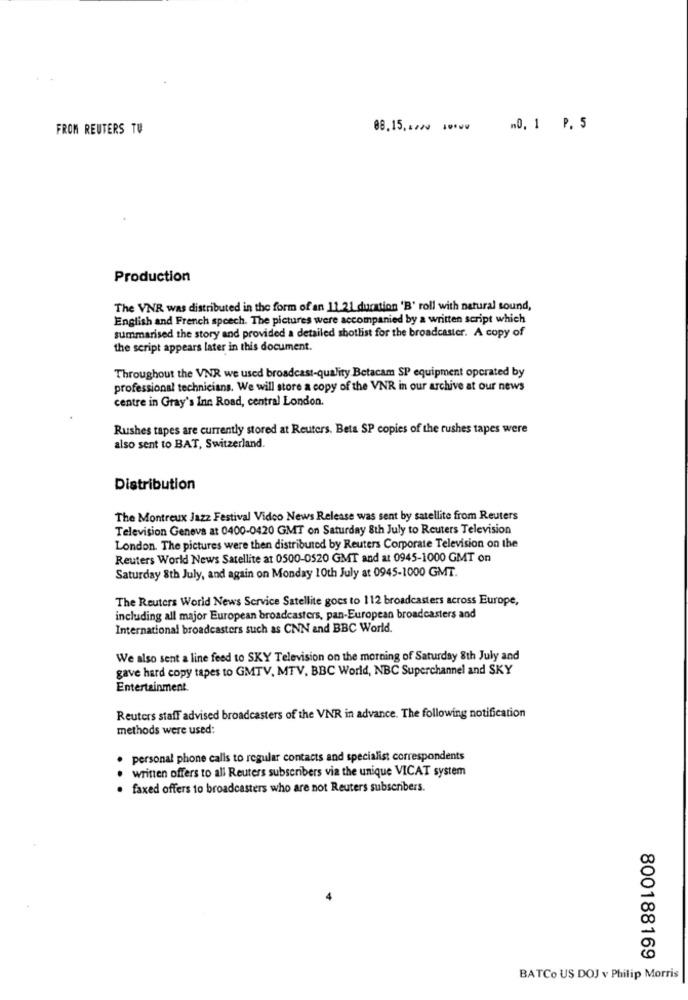
FROM REUTERS TU
08.15 ..... .....
n0, 1 P. 5
Production
The VNR was distributed in the form of an 11.21 duration 'B' roll with natural sound,
English and French speech. The pictures were accompanied by a written script which
summarised the story and provided a detailed shotlist for the broadcaster. A copy of
the script appears later in this document.
Throughout the VNR we used broadcast-quality Betacam SP equipment operated by
professional technicians. We will store a copy of the VNR in our archive at our news
centre in Gray's Inn Road, central London.
Rushes tapes are currently stored at Reuters. Beta SP copies of the rushes tapes were
also sent to BAT, Switzerland.
Distribution
The Montreux Jazz Festival Video News Release was sent by satellite from Reuters
Television Geneva at 0400-0420 GMT on Saturday 8th July to Reuters Television
London. The pictures were then distributed by Reuters Corporate Television on the
Reuters World News Satellite at 0500-0520 GMT and at 0945-1000 GMT on
Saturday 8th July, and again on Monday 10th July at 0945-1000 GMT.
The Reuters World News Service Satellite goes to 112 broadcasters across Europe,
including all major European broadcasters, pan-European broadcasters and
International broadcasters such as CNN and BBC World.
We also sent a line feed to SKY Television on the morning of Saturday 8th July and
gave hard copy tapes to GMTV, MTV. BBC World, NBC Superchannel and SKY
Entertainment.
Reuters staff advised broadcasters of the VNR in advance. The following notification
methods were used:
personal phone calls to regular contacts and specialist correspondents
written offers to all Reuters subscribers via the unique VICAT system
faxed offers to broadcasters who are not Reuters subscribers.
800188169
BATCo US DOJ v Philip Morris